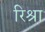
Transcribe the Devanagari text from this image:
रिश्रा